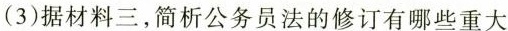
（3）据材料三，简析公务员法的修订有哪些重大